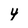
Character: 4